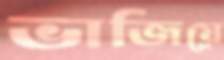
ভাজিয়ে